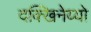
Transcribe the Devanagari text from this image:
दक्खिनेय्यो